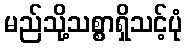
မည်သို့သစ္စာရှိသင့်ပုံ